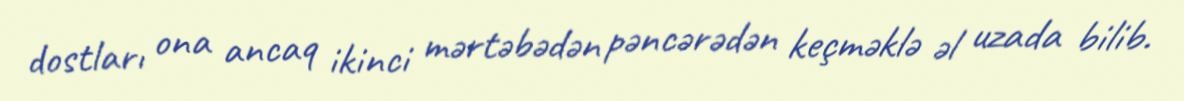
dostları ona ancaq ikinci mərtəbədən pəncərədən keçməklə əl uzada bilib.